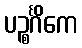
ပဉ္စင်္ဂိကေ